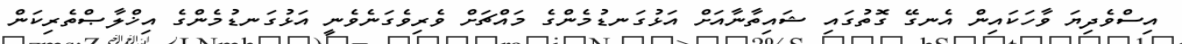
އިސްވެދިޔަ ވާހަކައިން އެނގޭ ގޮތުގައި ޝައިތާނާއަށް އަޅުގަނޑުމެންގެ މައްޗަށް ވެރިވެގަނެވެނީ އަޅުގަނޑުމެންގެ އިޚްލާޞްތެރިކަން